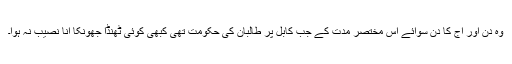
وہ دن اور آج کا دن سوائے اس مختصر مدت کے جب کابل پر طالبان کی حکومت تھی کبھی کوئی ٹھنڈا جھونکا آنا نصیب نہ ہوا۔